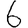
Digit: 6